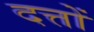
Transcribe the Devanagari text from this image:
दत्तों